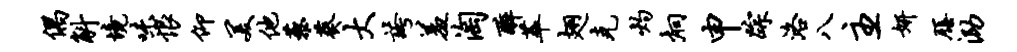
偶斛境味恨仰美他藜葵大夸羞淘醉萃翅克灼炯申踪洛八主妍膳泐